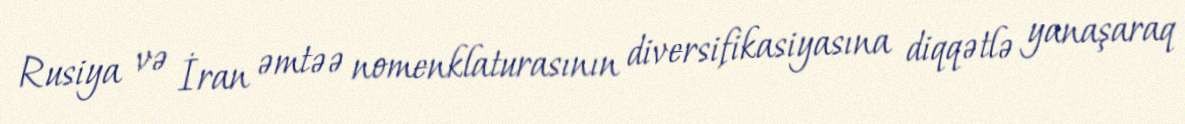
Rusiya və İran əmtəə nomenklaturasının diversifikasiyasına diqqətlə yanaşaraq